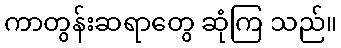
ကာတွန်းဆရာတွေ ဆုံကြ သည်။